Medical and sanitary report of the native army of Madras for the year
Year: 1878
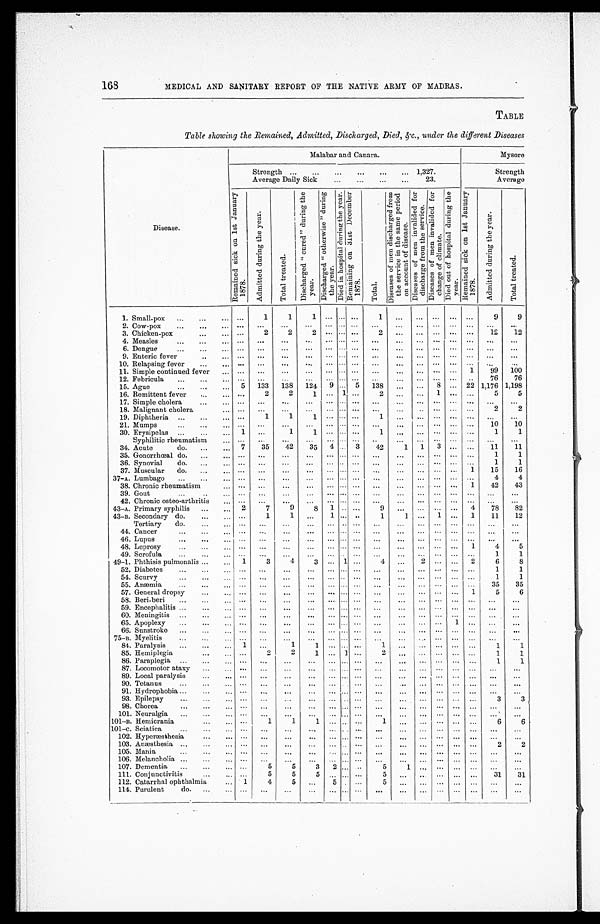
168
MEDICAL AND SANITARY REPORT OF THE NATIVE ARMY OF MADRAS.
TABLE
Table showing the Remained, Admitted, Discharged, Died, &c., under the different Diseases
Disease.
Malabar and Canara.
Mysore
Strength . . .
1,327.
Average Daily Sick . . . 23.
Strength
Average
R e m a i n e d s i c k o n 1 s t J a n u a r y 1 8 7 8 .
A d m i t t e d d u r i n g t h e y e a r .
T o t a l t r e a t e d .
D i s c h a r g e d " c u r e d " d u r i n g t h e y e a r .
D i s c h a r g e d " o t h e r w i s e " d u r i n g t h e y e a r .
D i e d i n h o s p i t a l d u r i n g t h e y e a r .
R e m a i n i n g o n 3 1 s t D e c e m b e r 1 8 7 8 .
T o t a l .
D i s e a s e s o f m e n d i s c h a r g e d f r o m t h e s e r v i c e i n t h e s a m e p e r i o d o n a c c o u n t o f d i s e a s e .
D i s e a s e s o f m e n i n v a l i d e d f o r d i s c h a r g e f r o m t h e s e r v i c e .
D i s e a s e s o f m e n i n v a l i d e d f o r c h a n g e o f c l i m a t e .
D i e d o u t o f h o s p i t a l d u r i n g t h e y e a r .
R e m a i n e d s i c k o n 1 s t J a n u a r y 1 8 7 8 .
A d m i t t e d
d u r i n g t h e y e a r .
T o t a l t r e a t e d .
1. Small-pox . . .
. . .
1
1
1
. . . . . .
. . .
1
. . .
. . . . . .
. . .
. . .
9
9
2. Cow-pox . . .
. . .
. . .
. . .
. . . . . . . . .
. . .
. . .
. . .
. . .
. . .
. . . . . .
. . .
. . .
3. Chicken-pox . . .
. . .
2
2
2
. . .
. . .
. . .
2
. . .
. . . . . .
. . .
. . . 12
12
4. Measles . . .
. . .
. . .
. . .
. . .
. . . . . .
. . .
. . .
. . .
. . .
. . .
. . .
. . .
. . .
. . .
6. Dengue . . .
. . .
. . .
. . .
. . .
. . . . . .
. . .
. . .
. . .
. . .
. . .
. . .
. . .
. . .
. . .
9. Enteric fever . . .
. . .
. . .
. . .
. . .
. . . . . . . . .
. . .
. . .
. . .
. . .
. . .
. . .
. . .
. . .
10. Relapsing fever . . .
. . . . . .
. . .
. . .
. . . . . .
. . .
. . .
. . .
. . . . . .
. . .
. . .
. . .
. . .
11. Simple continued fever . . .
. . .
. . .
. . .
. . .
. . . . . .
. . .
. . .
. . .
. . . . . .
. . . 1
99
100
12. Febricula . . .
. . .
. . .
. . .
. . .
. . . . . . . . .
. . .
. . .
. . . . . .
. . .
. . .
76
76
15. Ague . . . 5
133
138
124
9 . . . 5
138
. . .
. . . 8
. . . 22 1,176 1,198
16. Remittent fever . . .
. . .
2
2
1
. . . 1
. . .
2
. . .
. . . 1
. . .
. . .
5
5
17. Simple cholera . . .
. . .
. . .
. . .
. . .
. . . . . . . . .
. . .
. . .
. . .
. . .
. . .
. . .
. . .
. . .
18. Malignant cholera . . .
. . .
. . .
. . .
. . .
. . . . . .
. . .
. . .
. . .
. . .
. . .
. . .
. . .
2
2
19. Diphtheria . . .
. . .
1
1
1
. . . . . . . . .
1
. . .
. . .
. . .
. . .
. . .
. . .
. . .
21. Mumps . . .
. . .
. . .
. . .
. . .
. . . . . . . . .
. . .
. . .
. . . . . .
. . .
. . .
10
10
30. Erysipelas . . . 1
. . .
1
1
. . . . . .
. . .
1
. . .
. . .
. . .
. . .
. . .
1
1
Syphilitic rheumatism . . .
. . .
. . .
. . .
. . .
. . . . . . . . .
. . .
. . .
. . .
. . .
. . .
. . .
. . .
. . .
34. Acute d o . . . . 7
35
42
35
4
. . . 3
42
1
1
3
. . .
. . .
11
11
35. Gonorrhœal do.
. . .
. . .
. . .
. . .
. . .
. . . . . .
. . .
. . .
. . .
. . .
. . .
. . .
. . .
1
1
36. Synovial
do. . . .
. . .
. . .
. . .
. . .
. . . . . .
. . .
. . .
. . .
. . . . . .
. . .
. . .
1
1
37. Muscular
do. . . .
. . .
. . .
. . .
. . .
. . . . . .
. . .
. . .
. . .
. . .
. . .
. . . 1
15
16
37-A. Lumbago . . .
. . .
. . .
. . .
. . .
. . . . . .
. . .
. . .
. . .
. . .
. . .
. . .
. . .
4
4
38. Chronic rheumatism . . .
. . .
. . .
. . .
. . .
. . . . . .
. . .
. . .
. . .
. . . . . .
. . . 1
42
43
39. Gout . . .
. . . . . .
. . .
. . .
. . . . . .
. . .
. . .
. . .
. . .
. . .
. . .
. . .
. . .
. . .
42. Chronic osteo-arthritis . . .
. . .
. . .
. . .
. . .
. . . . . .
. . .
. . .
. . .
. . . . . .
. . .
. . .
. . .
. . .
43-A. Primary syphilis . . .
2
7
9
8
1 . . .
. . .
9
. . .
. . . . . .
. . . 4
78
82
43-B. Secondary do. . . . . . .
1
1
. . .
1
. . . . . .
1
1
. . . 1
. . . 1
11
12
Tertiary
do. . . .
. . .
. . .
. . .
. . .
. . . . . . . . .
. . .
. . .
. . . . . .
. . .
. . .
. . .
. . .
44. Cancer . . .
. . .
. . .
. . .
. . .
. . . . . . . . .
. . .
. . .
. . .
. . .
. . .
. . .
. . .
. . .
46. Lupus . . .
. . .
. . .
. . .
. . .
. . . . . . . . .
. . .
. . .
. . .
. . .
. . .
. . .
. . .
. . .
48. Leprosy . . .
. . .
. . .
. . .
. . .
. . . . . . . . .
. . .
. . .
. . .
. . .
. . . 1
4
5
49. Scrofula . . .
. . .
. . .
. . .
. . .
. . . . . . . . .
. . .
. . .
. . .
. . .
. . .
. . .
1
1
49-1. Phthisis pulmonalis . . . 1
3
4
3
. . . 1
. . .
4
. . .
2
. . .
. . . 2
6
8
52. Diabetes . . .
. . .
. . .
. . .
. . .
. . . . . . . . .
. . .
. . .
. . .
. . . . . .
. . .
1
1
54. Scurvy . . .
. . .
. . .
. . .
. . .
. . . . . .
. . .
. . .
. . .
. . .
. . .
. . .
. . .
1
1
55. Anæmia . . .
. . .
. . .
. . .
. . .
. . . . . . . . .
. . .
. . .
. . .
. . .
. . .
. . .
35
35
57. General dropsy . . .
. . .
. . .
. . .
. . .
. . . . . .
. . .
. . .
. . .
. . .
. . .
. . . 1
5
6
58. Beri-beri . . .
. . .
. . .
. . .
. . .
. . . . . . . . .
. . .
. . .
. . .
. . .
. . .
. . .
. . .
. . .
59. Encephalitis . . .
. . .
. . .
. . .
. . .
. . . . . . . . .
. . .
. . .
. . .
. . .
. . .
. . .
. . .
. . .
60. Meningitis . . .
. . .
. . .
. . .
. . .
. . . . . . . . .
. . .
. . .
. . .
. . .
. . .
. . .
. . .
. . .
65. Apoplexy . . .
. . .
. . .
. . .
. . .
. . . . . . . . .
. . .
. . .
. . .
. . .
1
. . .
. . .
. . .
66. Sunstroke . . .
. . .
. . .
. . .
. . .
. . . . . . . . .
. . .
. . .
. . .
. . .
. . .
. . .
. . .
. . .
75-B. Myelitis . . .
. . .
. . .
. . .
. . .
. . . . . .
. . .
. . .
. . .
. . .
. . .
. . .
. . .
. . .
. . .
84. Paralysis . . . 1
. . .
1
1
. . . . . .
. . .
1
. . .
. . .
. . .
. . .
. . .
1
1
85. Hemiplegia . . .
. . .
2
2
1
. . . 1
. . .
2
. . .
. . . . . .
. . .
. . .
1
1
86. Paraplegia . . .
. . .
. . .
. . .
. . .
. . . . . .
. . .
. . .
. . .
. . .
. . .
. . .
. . .
1
1
87. Locomotor ataxy . . .
. . .
. . .
. . .
. . .
. . . . . .
. . .
. . .
. . .
. . .
. . .
. . .
. . .
. . .
. . .
89. Local paralysis . . . . . .
. . .
. . .
. . .
. . . . . .
. . .
. . .
. . .
. . .
. . .
. . .
. . .
. . .
. . .
90. Tetanus
. . . . . .
. . .
. . .
. . .
. . . . . .
. . .
. . .
. . .
. . .
. . .
. . .
. . .
. . .
. . .
91. Hydrophobia . . . . . .
. . .
. . .
. . .
. . . . . .
. . .
. . .
. . .
. . .
. . .
. . .
. . .
. . .
. . .
93. Epilepsy . . .
. . .
. . .
. . .
. . .
. . . . . . . . .
. . .
. . .
. . .
. . .
. . .
. . .
3
3
98. Chorea . . .
. . .
. . .
. . .
. . .
. . . . . .
. . .
. . .
. . .
. . .
. . .
. . .
. . .
. . .
. . .
101. Neuralgia . . .
. . .
. . .
. . .
. . .
. . . . . .
. . .
. . .
. . .
. . .
. . .
. . .
. . . . . .
. . .
101-B. Hemicrania . . .
. . .
1
1
1
. . . . . .
. . .
1
. . .
. . .
. . .
. . .
. . .
6
6
101-c. Sciatica . . .
. . .
. . .
. . .
. . .
. . . . . .
. . .
. . .
. . .
. . .
. . .
. . .
. . .
. . .
. . .
102. Hyperæsthesia . . .
. . .
. . .
. . .
. . .
. . . . . .
. . .
. . .
. . .
. . .
. . .
. . .
. . .
. . .
. . .
103. Anæsthesia . . .
. . .
. . .
. . .
. . .
. . . . . .
. . .
. . .
. . .
. . .
. . .
. . .
. . .
2
2
105. Mania . . .
. . .
. . .
. . .
. . .
. . . . . .
. . .
. . .
. . .
. . .
. . .
. . .
. . .
. . .
. . .
106. Melancholia . . .
. . .
. . .
. . .
. . .
. . . . . .
. . .
. . .
. . .
. . .
. . .
. . .
. . .
. . .
. . .
107. Dementia . . .
. . .
5
5
3
2 . . .
. . .
5
1
. . .
. . .
. . .
. . .
. . .
. . .
111. Conjunctivitis . . .
. . .
5
5
5
. . . . . .
. . .
5
. . .
. . .
. . .
. . .
. . .
31
31
112. Catarrhal ophthalmia . . . 1
4
5
. . .
5 . . .
. . .
5
. . .
. . .
. . .
. . .
. . .
. . .
. . .
114. Purulent
do. . . .
. . .
. . .
. . .
. . .
. . . . . . . . .
. . .
. . .
. . .
. . .
. . .
. . .
. . .
. . .